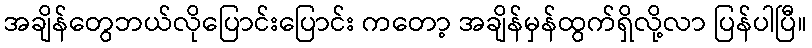
အချိန်တွေဘယ်လိုပြောင်းပြောင်း ကတော့ အချိန်မှန်ထွက်ရှိလို့လာ ပြန်ပါပြီ။